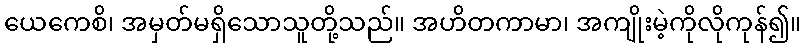
ယေကေစိ၊ အမှတ်မရှိသောသူတို့သည်။ အဟိတကာမာ၊ အကျိုးမဲ့ကိုလိုကုန်၍။